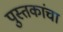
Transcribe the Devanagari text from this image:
पुस्‍तकांचा